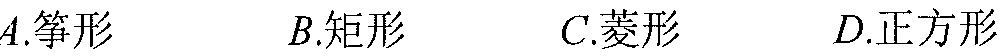
A.筝形  B.矩形  C.菱形  D.正方形